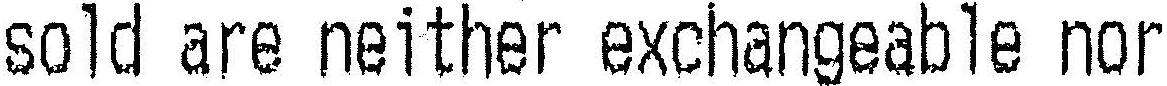
SOLD ARE NEITHER EXCHANGEABLE NOR